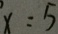
x = 5